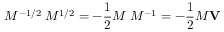
M ^ { - 1 / 2 } { \bf \nabla } M ^ { 1 / 2 } = - { \frac { 1 } { 2 } } M { \bf \nabla } M ^ { - 1 } = - { \frac { 1 } { 2 } } M { \bf V }